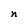
Character: n